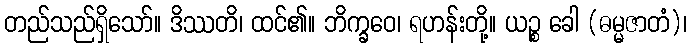
တည်သည်ရှိသော်။ ဒိဿတိ၊ ထင်၏။ ဘိက္ခဝေ၊ ရဟန်းတို့။ ယဉ္စ ခေါ (ဓမ္မဇာတံ)၊